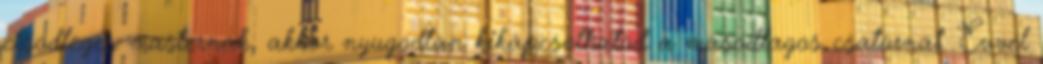
elsodleges masternak, akkor nyugodtan kikapcsolhatod a masodlagos csatornat. Evvel